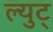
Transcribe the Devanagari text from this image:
ल्युट्